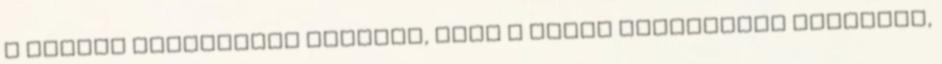
a magyar forradalom mellett, mint a többi szomszédos államban,